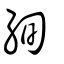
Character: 絢